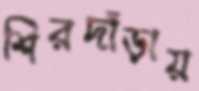
শিরদাঁড়ায়